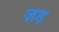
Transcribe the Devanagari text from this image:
ज़ड़